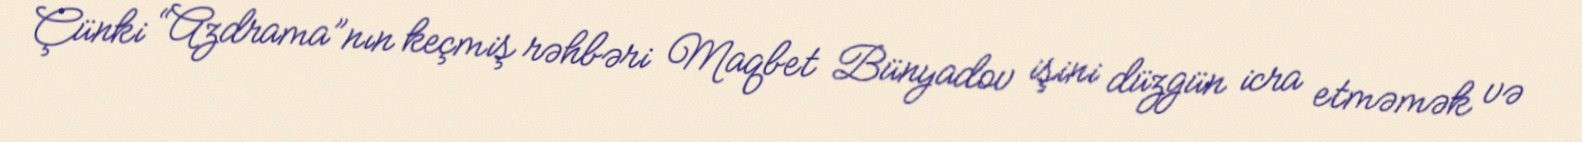
Çünki “Azdrama”nın keçmiş rəhbəri Maqbet Bünyadov işini düzgün icra etməmək və